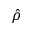
\hat { \rho }